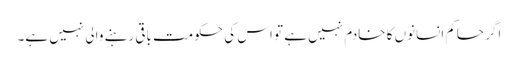
اگر حاکم انسانوں کا خادم نہیں ہے تو اس کی حکومت باقی رہنے والی نہیں ہے۔